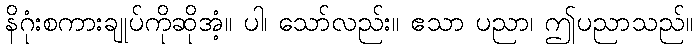
နိဂုံးစကားချုပ်ကိုဆိုအံ့။ ပါ၊ သော်လည်း။ ဧသာ ပညာ၊ ဤပညာသည်။